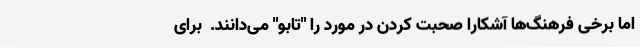
اما برخی فرهنگ‌ها آشکارا صحبت کردن در مورد را "تابو" می‌دانند.  برای